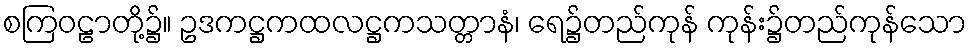
စကြဝဠာတို့၌။ ဥဒကဋ္ဌကထလဋ္ဌကသတ္တာနံ၊ ရေ၌တည်ကုန် ကုန်း၌တည်ကုန်သော